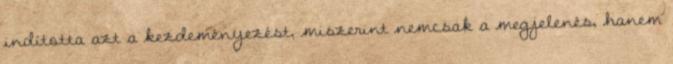
indította azt a kezdeményezést, miszerint nemcsak a megjelenés, hanem